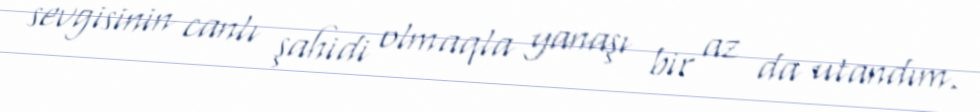
sevgisinin canlı şahidi olmaqla yanaşı bir az da utandım.